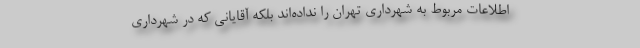
اطلاعات مربوط به شهرداری تهران را نداده‌اند بلکه آقایانی که در شهرداری